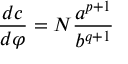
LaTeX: \frac { d c } { d \varphi } = N \frac { a ^ { p + 1 } } { b ^ { q + 1 } }